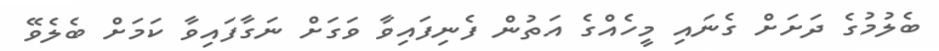
ބެލުމުގެ ދަށަށް ގެނައި މީހެއްގެ އަތުން ފެނިފައިވާ ވަގަށް ނަގާފައިވާ ކަމަށް ބެލެވޭ